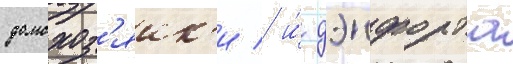
домохоз'яик'и / и́ дэнфорта